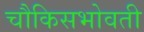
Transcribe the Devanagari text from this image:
चौकिसभोवती